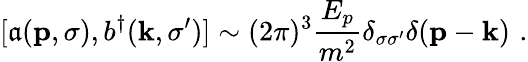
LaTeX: [\mathfrak{a}({\mathbf{p}},\sigma),b^{\dagger}({\mathbf{k}},\sigma^{\prime})]\sim(2\pi)^{3}{\frac{{E_{p}}}{{m^{2}}}}\delta_{\sigma\sigma^{\prime}}\delta({\mathbf{p}}-{\mathbf{k}})\, \, .